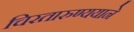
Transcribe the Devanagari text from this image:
चिरतारुण्ययाने